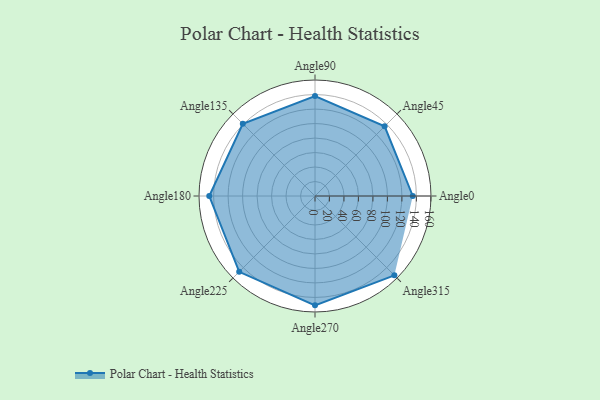
{"axis": {"x": "Angle", "y": "Radius"}, "legend": [""], "data": [{"x": "Angle0", "y": 135.0, "type": ""}, {"x": "Angle45", "y": 136.0, "type": ""}, {"x": "Angle90", "y": 138.0, "type": ""}, {"x": "Angle135", "y": 141.0, "type": ""}, {"x": "Angle180", "y": 146.0, "type": ""}, {"x": "Angle225", "y": 148.0, "type": ""}, {"x": "Angle270", "y": 151.0, "type": ""}, {"x": "Angle315", "y": 155.0, "type": ""}]}